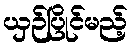
ယှဉ်ပြိုင်မည့်